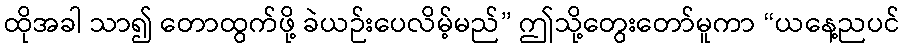
ထိုအခါ သာ၍ တောထွက်ဖို့ ခဲယဉ်းပေလိမ့်မည်” ဤသို့တွေးတော်မူကာ “ယနေ့ညပင်